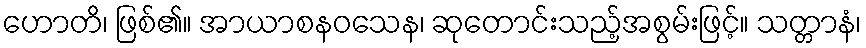
ဟောတိ၊ ဖြစ်၏။ အာယာစနဝသေန၊ ဆုတောင်းသည့်အစွမ်းဖြင့်။ သတ္တာနံ၊